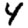
Digit: 4